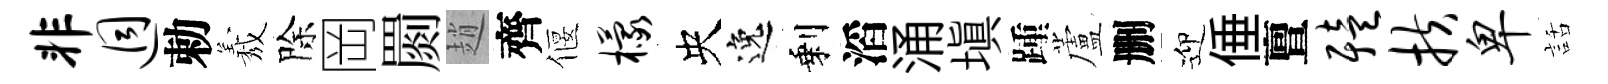
非迥勅𦏁除岡罽趙齊偃檬央逸剩滔涌塡踵蘆删迎倕亶殪扶卑話